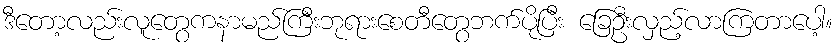
ဒီတော့လည်းလူတွေကနာမည်ကြီးဘုရားစေတီတွေဘက်ပိုပြီး ခြေဦးလှည့်လာကြတာပေါ့။